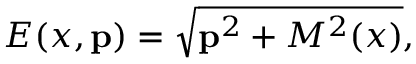
E ( x , { \bf p } ) = \sqrt { { \bf p } ^ { 2 } + M ^ { 2 } ( x ) } ,